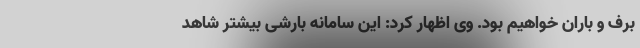
برف و باران خواهیم بود. وی اظهار کرد: این سامانه بارشی بیشتر شاهد